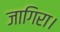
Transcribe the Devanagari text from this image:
जागिरा।